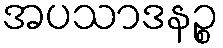
အပသာဒနဉ္စ